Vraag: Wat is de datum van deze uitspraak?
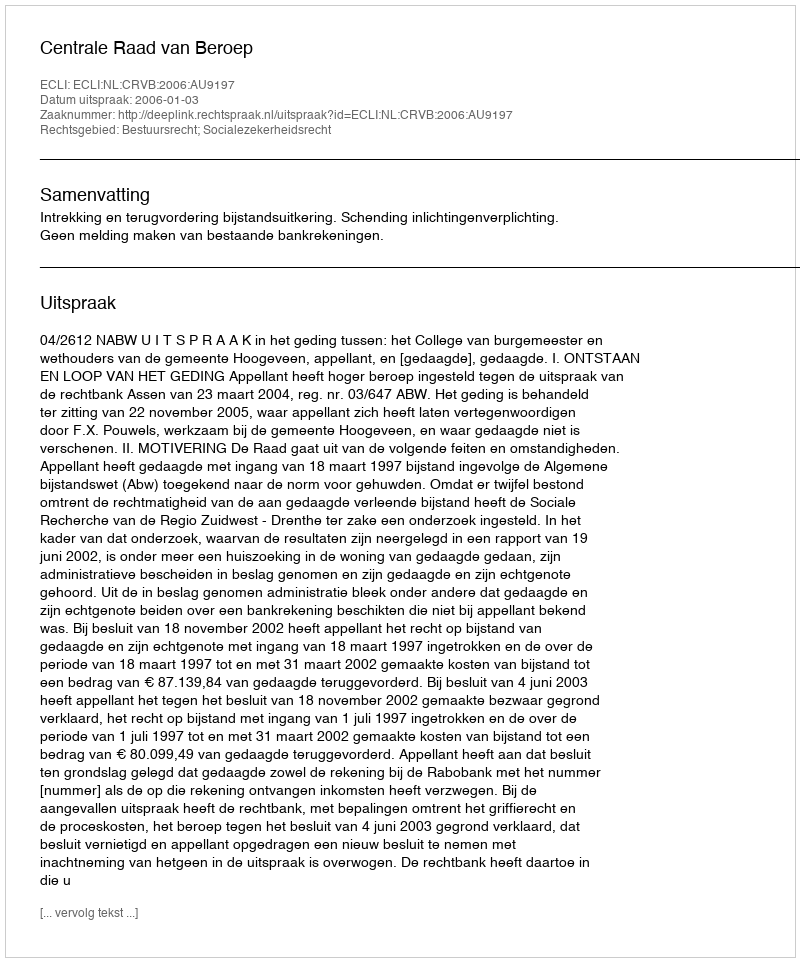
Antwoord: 2006-01-03